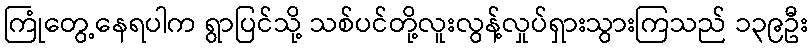
ကြုံတွေ့နေရပါက ရွာပြင်သို့ သစ်ပင်တို့လူးလွန့်လှုပ်ရှားသွားကြသည် ၁၃၉ဦး